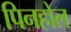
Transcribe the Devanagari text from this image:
पिनहोल